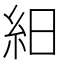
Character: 𥿀